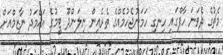
މެޗުގެ ދެވަނަ ހާފްގައި ހިނގި ހަމަނުޖެހުމެއްގެ ތެރެއިން ނިލަންދޫ ޓީމުގެ އަޙްމަދު ނާޒިމްއަށް